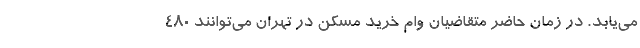
می‌یابد. در زمان حاضر متقاضیان وام خرید مسکن در تهران می‌توانند 480